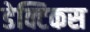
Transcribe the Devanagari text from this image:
डेक्टिकस